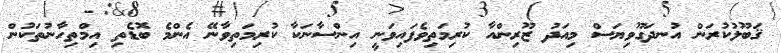
ޤަބޫލުކުރަން އުނދަގޫވިޔަސް މިއަދު ޒޫރިންއާ ކުރިމަތިވެފައިވަނީ އިންސާނަކާ ކުރިމަތިވާނޭ އެންމެ ބޮޑެތި އިމްތިހާނުތަކުން